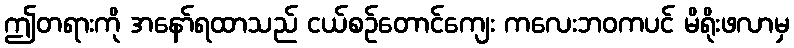
ဤတရားကို အနော်ရထာသည် ငယ်စဉ်တောင်ကျေး ကလေးဘဝကပင် မိရိုးဖလာမှ